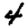
Digit: 4